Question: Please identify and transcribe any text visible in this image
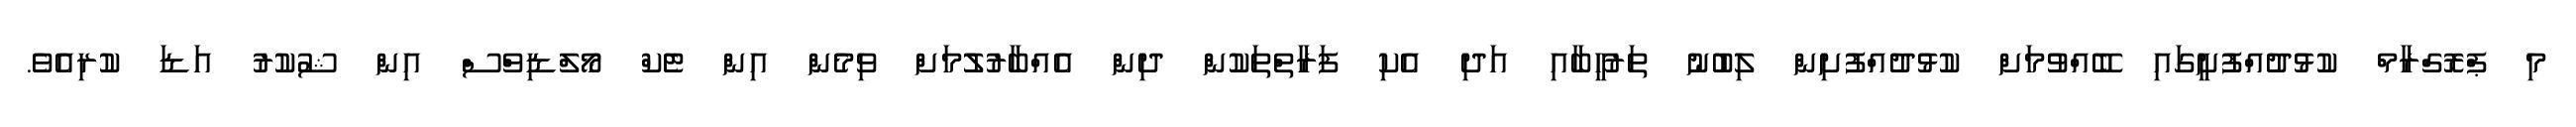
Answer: މި ޕްރޮގްރާމް ކުޅުދުއްފުށީގައި ބޭއްވުމަށް ކުޅުދުއްފުށިން ލިބުނު ތަރުހީބާއި އަދި އެކި ފަރާތްތަކުން ދިން އެއްބާރުލުމަށް ވިމެން އިން ޓެކް މޯލްޑިވްސް އިން ޝުކުރު އަޑަ ކުރިއެވެ.